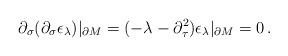
LaTeX: \begin{align*}\partial_\sigma (\partial_\sigma \epsilon_\lambda )\vert_{\partial M}=(-\lambda -\partial_\tau^2 ) \epsilon_\lambda \vert_{\partial M}=0\,.\end{align*}